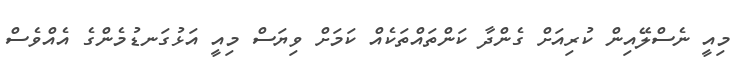
މިއީ ނެސްލޭއިން ކުރިއަށް ގެންދާ ކަންތައްތަކެއް ކަމަށް ވިޔަސް މިއީ އަޅުގަނޑުމެންގެ އެއްވެސް